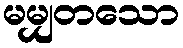
မမျှတသော